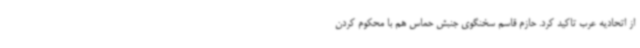
از اتحادیه عرب تاکید کرد. حازم قاسم سخنگوی جنبش حماس هم با محکوم کردن